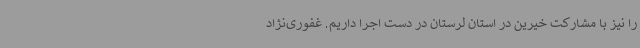
را نیز با مشارکت خیرین در استان لرستان در دست اجرا داریم. غفوری‌نژاد